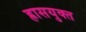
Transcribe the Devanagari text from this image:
ह्रासयुक्त